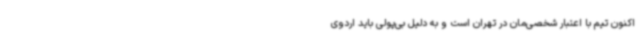
اکنون تیم با اعتبار شخصی‌مان در تهران است و به دلیل بی‌پولی باید اردوی